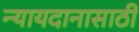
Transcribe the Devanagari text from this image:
न्यायदानासाठी